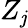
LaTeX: Z_{\mathit{j}}